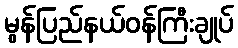
မွန်ပြည်နယ်ဝန်ကြီးချုပ်